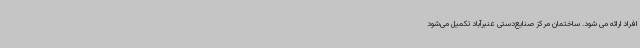
افراد ارائه می شود. ساختمان مرکز صنایع‌دستی عنبرآباد تکمیل می‌شود